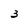
Character: 3